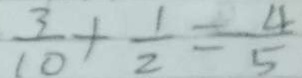
\frac { 3 } { 1 0 } + \frac { 1 } { 2 } = - \frac { 4 } { 5 }